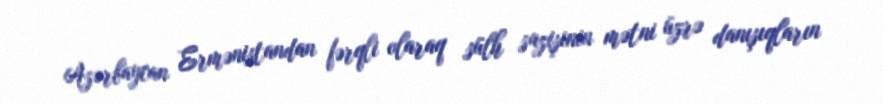
Azərbaycan Ermənistandan fərqli olaraq sülh sazişinin mətni üzrə danışıqların